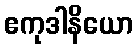
ဧကုဒါနိယော